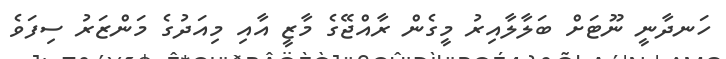
ހަނދާނީ ނޫޓަށް ބަލާލާއިރު މީގެން ރާއްޖޭގެ މާޒީ އާއި މިއަދުގެ މަންޒަރު ސިފަވެ